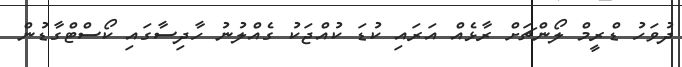
ދުވަހު ޑްރީމް ލޯންޗަށް ރާޅެއް އަރައި ކުޑަ ކުއްޖަކު ގެއްލުނު ހާދިސާގައި ކޯސްޓްގާޑުން